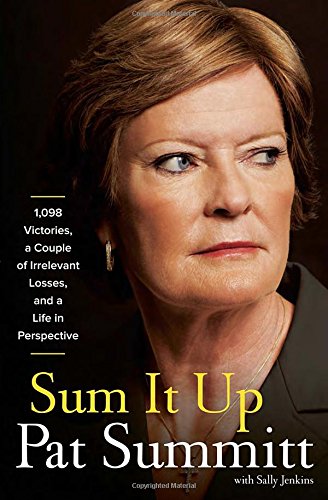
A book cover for Sum It Up: 1,098 Victories, A Couple of Irrelevant Losses, and a Life in Perspective; Pat Head Summitt; Health, Fitness & Dieting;